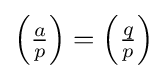
{\textstyle \left({\frac {a}{p}}\right)=\left({\frac {q}{p}}\right)}